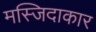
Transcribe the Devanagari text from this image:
मस्जिदाकार